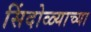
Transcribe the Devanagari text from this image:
सिंदोळ्याच्या